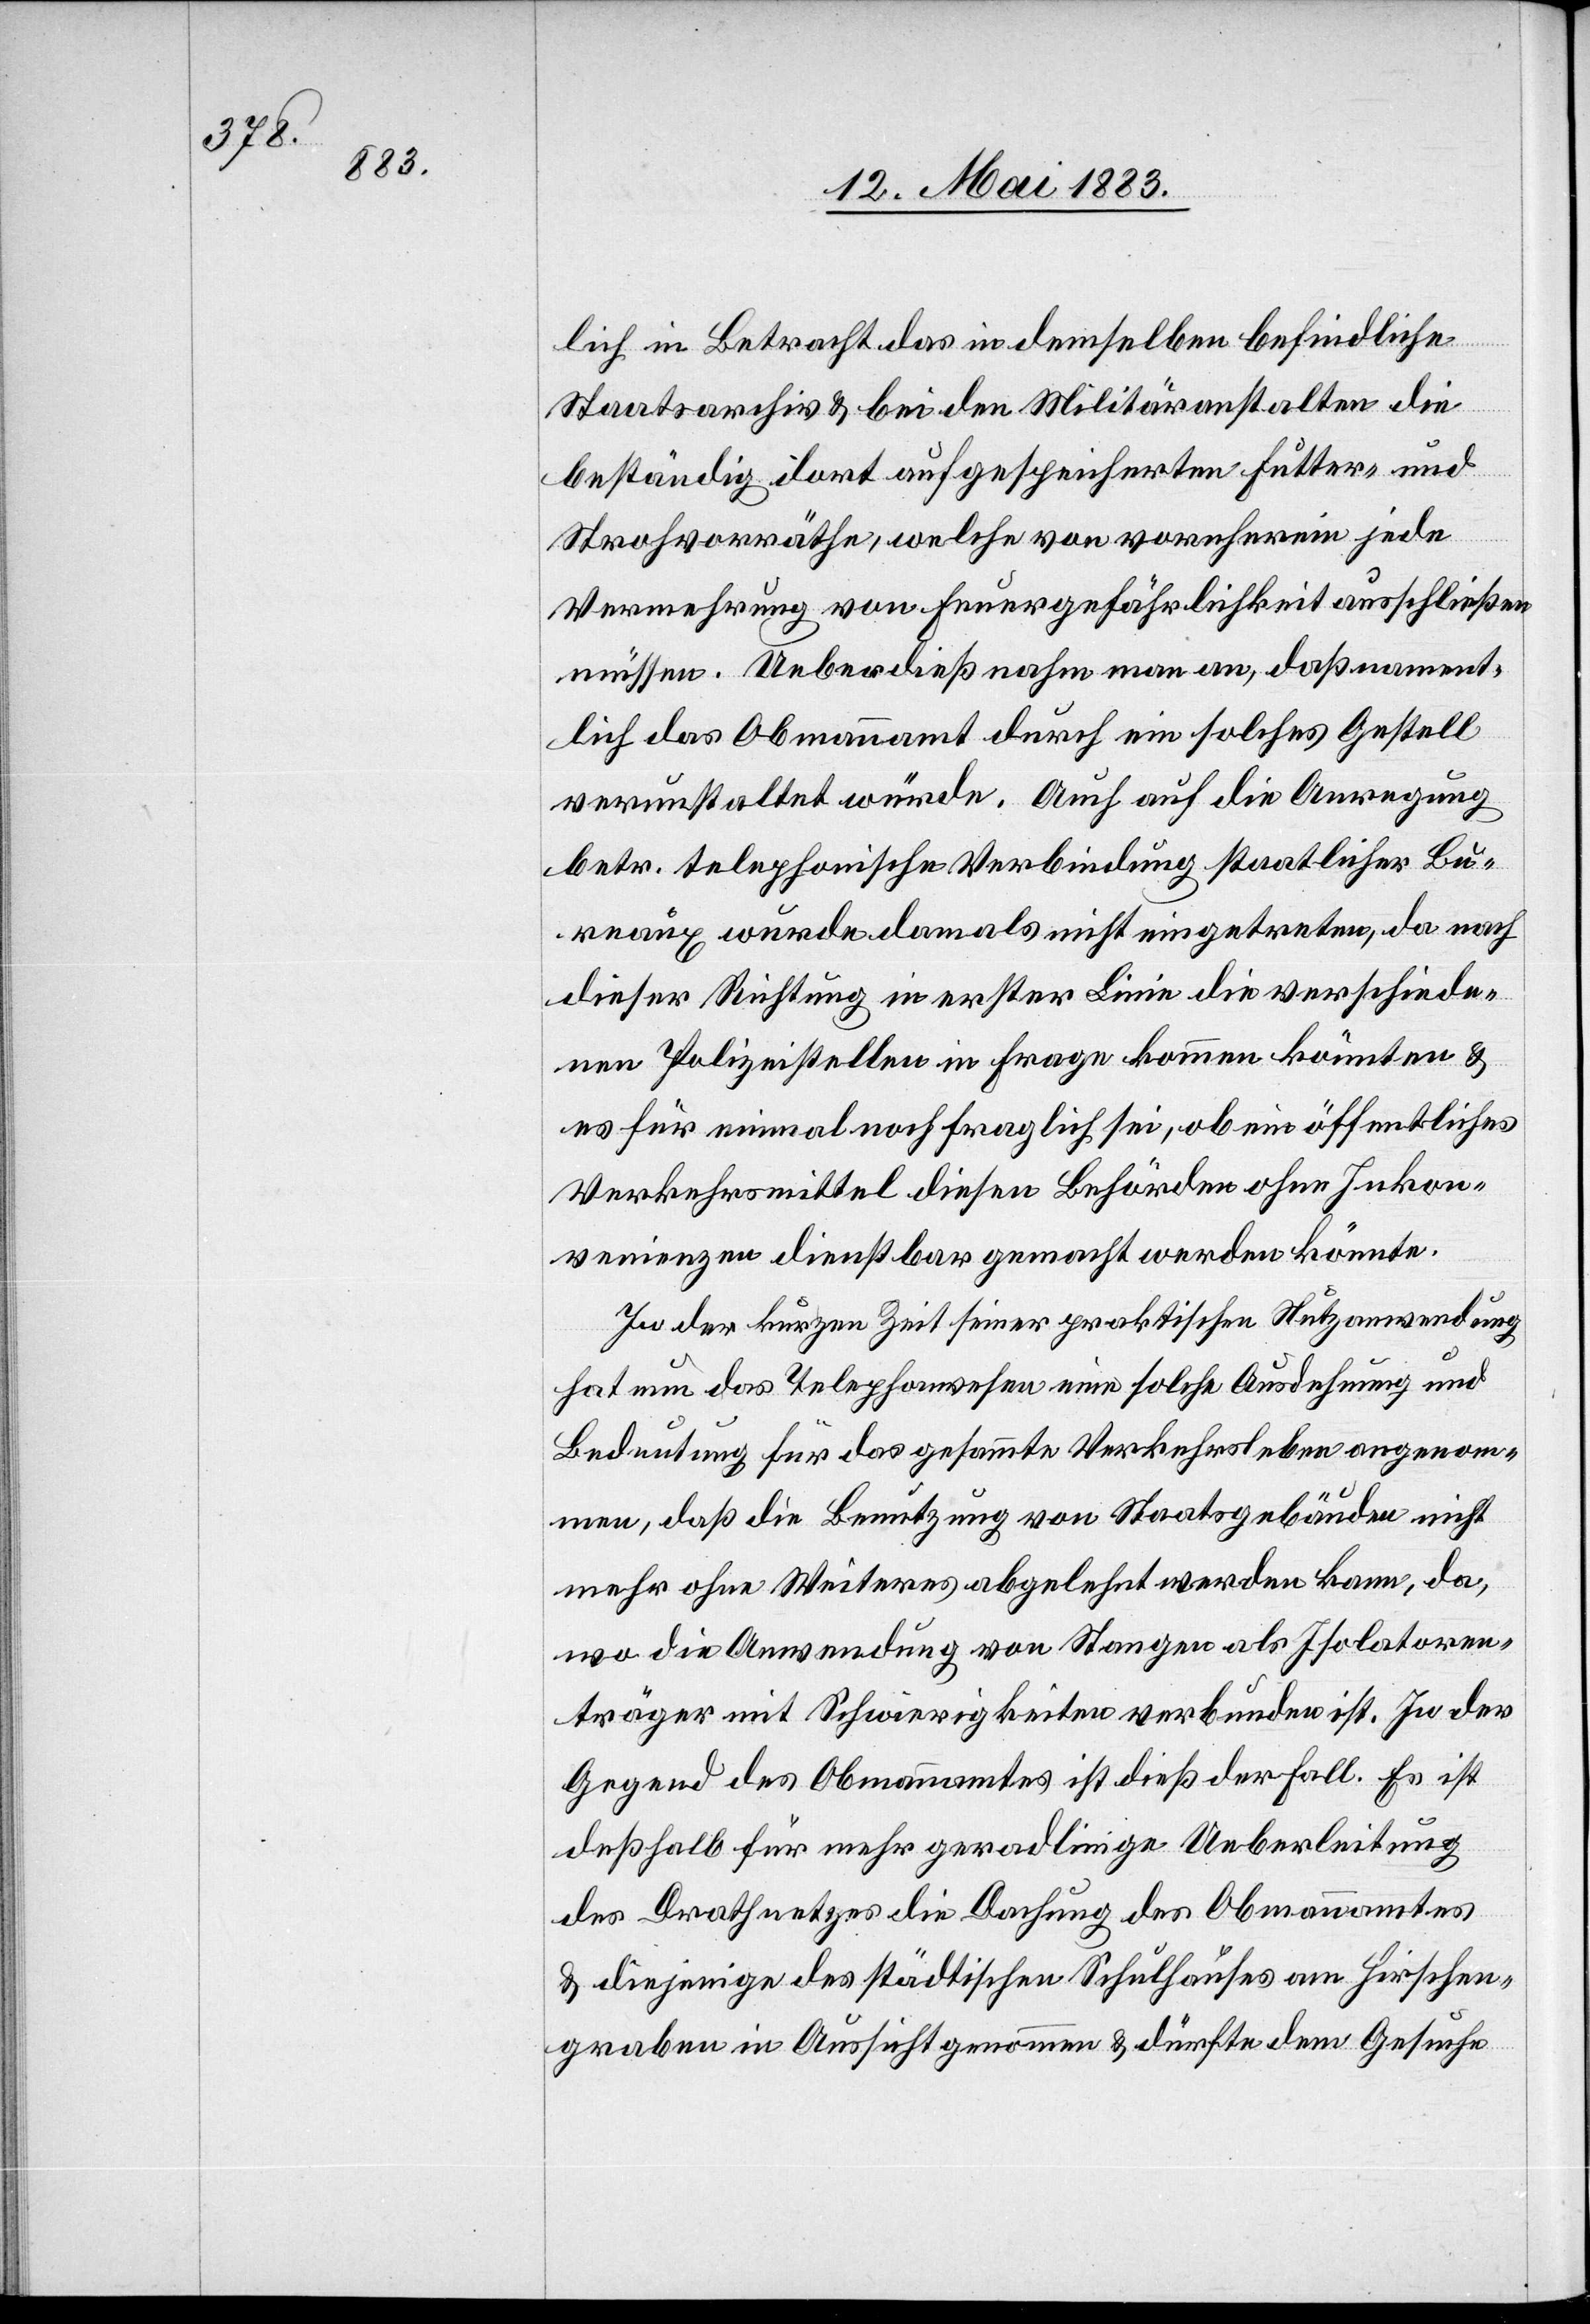
lich in Betracht das in demselben befindliche
Staatsarchiv & bei den Militäranstalten die
beständig dort aufgespeicherten Futter- und
Strafvorräthe, welche von vornherein jede
Vermehrung von Feuergefährlichkeit ausschließen
müssen. Ueberdieß nahm man an, daß nament¬
lich das Obmannamt durch ein solches Gestell
verunstaltet würde. Auch auf die Anregung
betr. telephonische Verbindung staatlicher Bu¬
reaux wurde damals nicht eingetreten, da nach
dieser Richtung in erster Linie die verschiede¬
nen Polizeistellen in Frage kommen könnten &
es für einmal noch fraglich sei, ob ein öffentliches
Verkehrsmittel diesen Behörden ohne Inkon¬
venienzen dienstbar gemacht werden könnte.
In der kurzen Zeit seiner praktischen Nutzanwendung
hat nun das Telephonwesen eine solche Ausdehnung und
Bedeutung für das gesammte Verkehrsleben angenom¬
men, daß die Benutzung von Staatsgebäuden nicht
mehr ohne Weiteres abgelehnt werden kann, da,
wo die Anwendung von Stangen als Isolatoren¬
träger mit Schwierigkeiten verbunden ist. In der
Gegend des Obmannamtes ist dieß der Fall. Es ist
deßhalb für mehr geradlinige Ueberleitung
des Drathnetzes die Dachung des Obmannamtes
& diejenige des städtischen Schulhauses am Hirschen¬
graben in Aussicht genommen & dürfte dem Gesuche